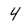
Character: 4